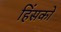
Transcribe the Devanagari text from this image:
हिंसकों